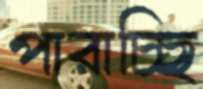
পারাচ্ছি